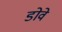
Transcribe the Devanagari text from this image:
डोवे